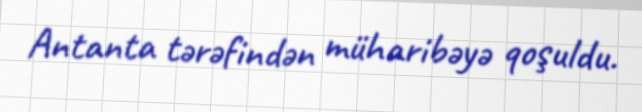
Antanta tərəfindən müharibəyə qoşuldu.